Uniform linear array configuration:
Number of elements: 64
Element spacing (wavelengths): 0.25
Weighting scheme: cosine
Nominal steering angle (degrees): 30
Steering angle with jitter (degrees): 30.546
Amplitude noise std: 0.05
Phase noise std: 0.05

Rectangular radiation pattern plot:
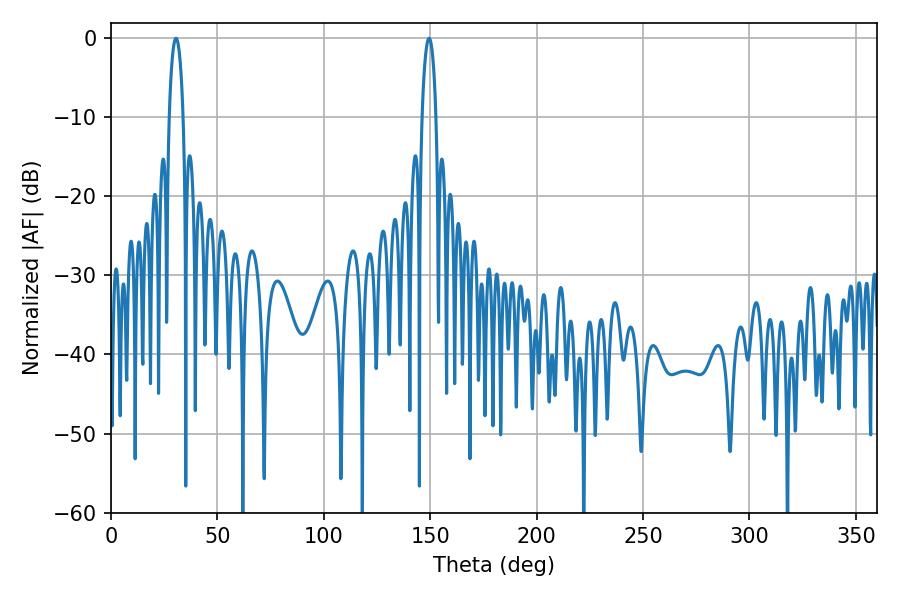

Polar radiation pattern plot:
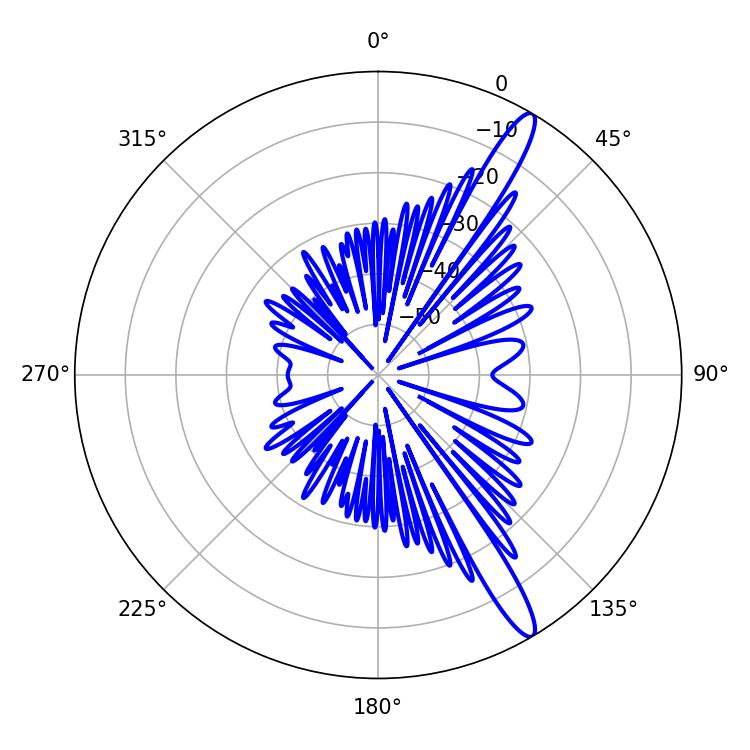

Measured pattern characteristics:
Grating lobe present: FALSE
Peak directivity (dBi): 14.283
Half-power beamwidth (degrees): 3.6
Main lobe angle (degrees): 149.4